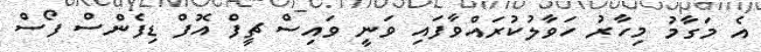
އެ މަގާމު މިހާރު ހަވާލުކުރައްވާފައި ވަނީ ވައިސް ޗީފް އޮފް ޑިފެންސް ފޯސް